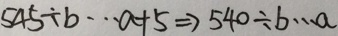
5 4 5 \div b \cdots a + 5 \Rightarrow 5 4 0 \div b \cdots a